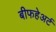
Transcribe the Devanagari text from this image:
बीफहेअर्ट